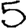
Digit: 5